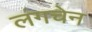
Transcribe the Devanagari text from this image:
लंगचेन